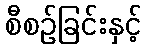
စီစဉ်ခြင်းနှင့်